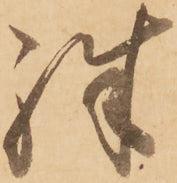
殊